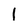
Character: I